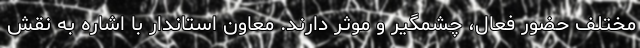
مختلف حضور فعال، چشمگیر و موثر دارند. معاون استاندار با اشاره به نقش